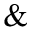
\&